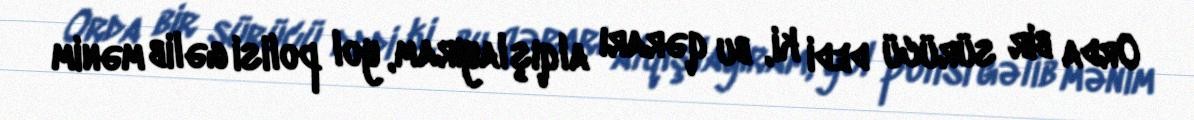
Orda bir sürücü dedi ki, bu qərarı alqışlayıram, yol polisi gəlib mənim